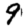
Digit: 9